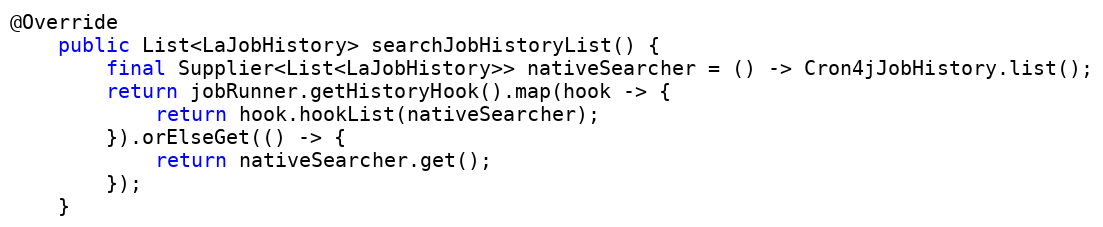
Language: Java
@Override
    public List<LaJobHistory> searchJobHistoryList() {
        final Supplier<List<LaJobHistory>> nativeSearcher = () -> Cron4jJobHistory.list();
        return jobRunner.getHistoryHook().map(hook -> {
            return hook.hookList(nativeSearcher);
        }).orElseGet(() -> {
            return nativeSearcher.get();
        });
    }